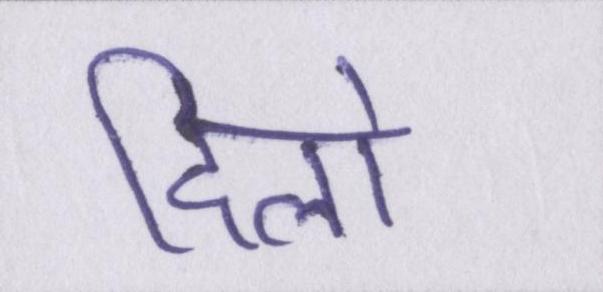
दिलो